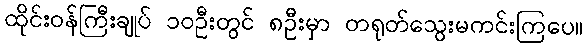
ထိုင်းဝန်ကြီးချုပ် ၁၀ဦးတွင် ၈ဦးမှာ တရုတ်သွေးမကင်းကြပေ။